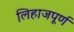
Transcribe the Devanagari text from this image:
लिहाजपूर्ण